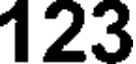
123